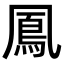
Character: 鳳